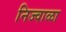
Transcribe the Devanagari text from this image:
निज्वाळा